Leaving Certificate Examination (including Day School Certificate (Higher) General paper), 1938
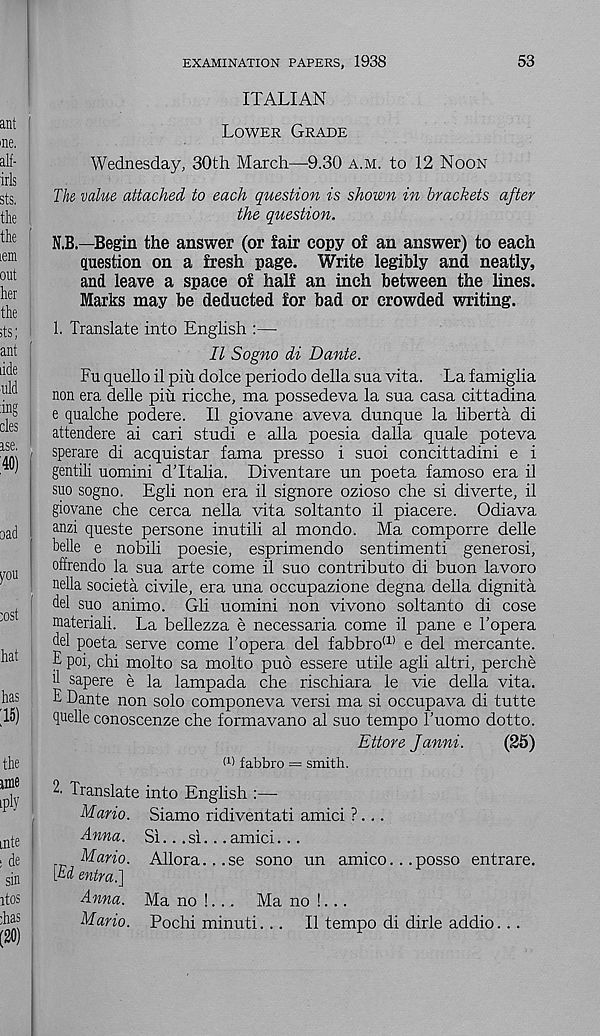
EXAMINATION PAPERS, 1938
53
ITALIAN
Lower Grade
Wednesday, 30th March—9.30 a.m. to 12 Noon
The value attached to each question is shown in brackets after
the question.
N.B.—Begin the answer (or fair copy of an answer) to each
question on a fresh page. Write legibly and neatly,
and leave a space of half an inch between the lines.
Marks may be deducted for bad or crowded writing.
1. Translate into English :—
II Sogno di Dante.
Fu quello il pin dolce periodo della sua vita. La famiglia
non era delle pin ricche, ma possedeva la sua casa cittadina
e qualche podere. II giovane aveva dunque la liberta di
attendere ai cari studi e alia poesia dalla quale poteva
sperare di acquistar fama presso i suoi concittadini e i
gentili uomini dTtalia. Diventare un poeta famoso era il
suo sogno. Egli non era il signore ozioso che si diverte, il
giovane che cerca nella vita soltanto il piacere. Odiava
anzi queste persone inutili al mondo. Ma comporre delle
belle e nobili poesie, esprimendo sentiment! generosi,
offrendo la sua arte come il suo contribute di buon lavoro
nella societa civile, era una occupazione degna della dignita
del suo animo. Gli uomini non vivono soltanto di cose
materiali. La bellezza e necessaria come il pane e Fopera
del poeta serve come Topera del fabbro (1) e del mercante.
E poi, chi molto sa molto pud essere utile agli altri, perche
d sapere e la lampada che rischiara le vie della vita.
E Dante non solo componeva versi ma si occupava di tutte
quelle conoscenze che formavano al suo tempo I’uomo dotto.
Ettore Janni.
(25)
M fabbro = smith.
2. Translate into English :—
Mario.
Anna.
Mario.
[Li entra.]
Anna.
Mario.
Siamo ridiventati amici ?...
Si... si. .. amici...
Allora. .. se sono un amico. .posso entrare.
Ma no !... Ma no !...
Pochi minuti... Il tempo di dirle addio..